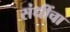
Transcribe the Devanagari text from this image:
संधींचा